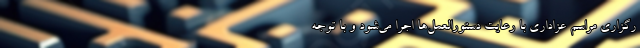
رگزاری مراسم عزاداری با رعایت دستورالعمل‌ها اجرا می‌شود و با توجه